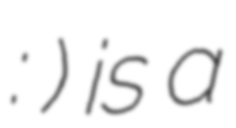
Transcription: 外傳: 風之紋章) is a